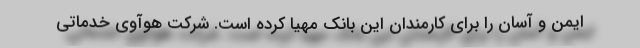
ایمن و آسان را برای کارمندان این بانک مهیا کرده است. شرکت هوآوی خدماتی